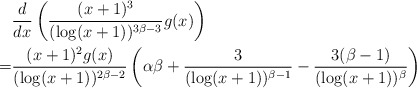
\begin{align*} &\frac{d}{dx}\left(\frac{(x+1)^3}{(\log(x+1))^{3\beta-3}}g(x)\right)\\ =&\frac{(x+1)^2g(x)}{(\log(x+1))^{2\beta-2}}\left(\alpha\beta+\frac{3} {(\log(x+1))^{\beta-1}}-\frac{3(\beta-1)}{(\log(x+1))^\beta}\right)\end{align*}